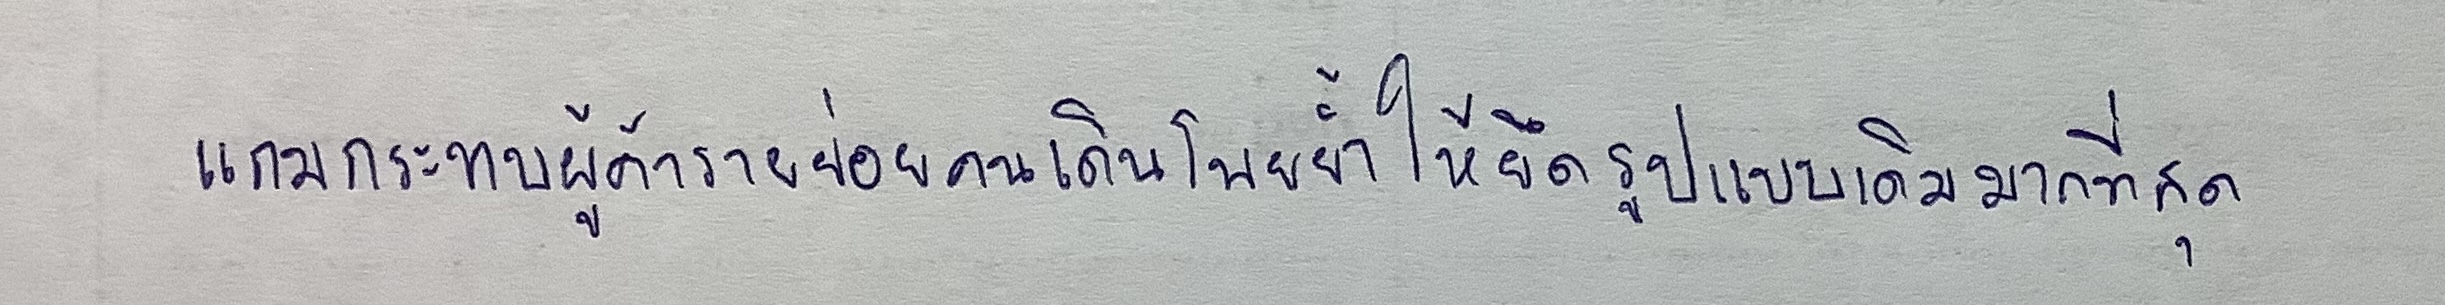
แถมกระทบผู้ค้ารายย่อยคนเดินโพยย้ำให้ยึดรูปแบบเดิมมากที่สุด